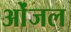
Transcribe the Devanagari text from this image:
ओंजल